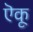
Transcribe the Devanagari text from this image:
ऎकू